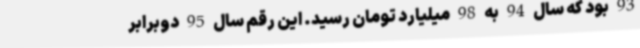
93 بود که سال 94 به 98 میلیارد تومان رسید. این رقم سال 95 دوبرابر